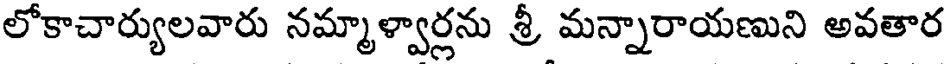
లోకాచార్యులవారు నమ్మాళ్వార్లను శ్రీ మన్నారాయణుని అవతార